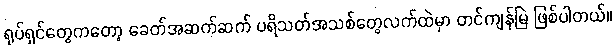
ရုပ်ရှင်တွေကတော့ ခေတ်အဆက်ဆက် ပရိသတ်အသစ်တွေလက်ထဲမှာ တင်ကျန်မြဲ ဖြစ်ပါတယ်။